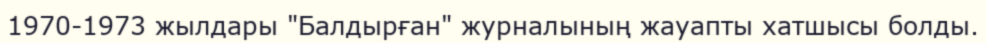
1970-1973 жылдары "Балдырған" журналының жауапты хатшысы болды.